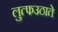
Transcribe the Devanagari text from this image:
लुत्फउठाते